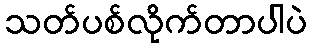
သတ်ပစ်လိုက်တာပါပဲ